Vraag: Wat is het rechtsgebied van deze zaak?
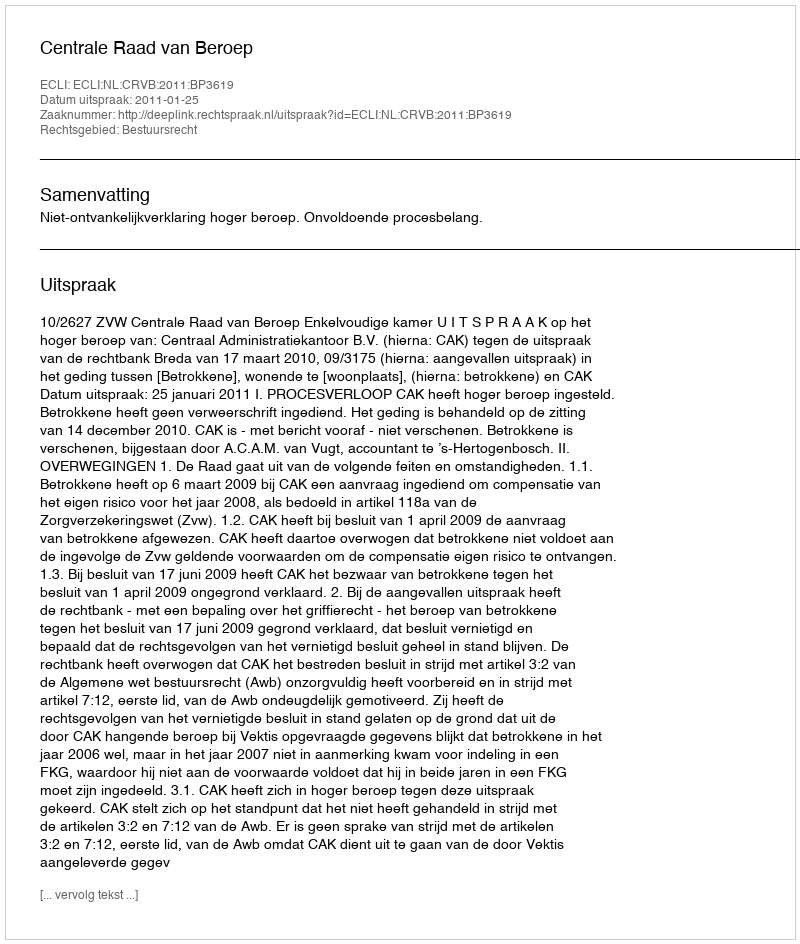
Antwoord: Bestuursrecht